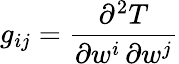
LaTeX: g_{ij}={\frac{\partial^{2}T}{\partial w^{i}\, \partial w^{j}}}